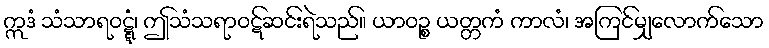
ဣဒံ သံသာရဝဋ္ဋံ၊ ဤသံသရာဝဋ်ဆင်းရဲသည်။ ယာဝဉ္စ ယတ္တကံ ကာလံ၊ အကြင်မျှလောက်သော